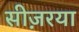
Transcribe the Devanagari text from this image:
सीज़रया